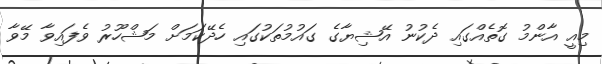
މިއީ އާންމު ގޮތެއްގައި ދެކުނު އޭޝިޔާގެ ގައުމުތަކުގައި ހެދޭކަމަށް މަޝްހޫރު ވެފައިވާ މޭވާ